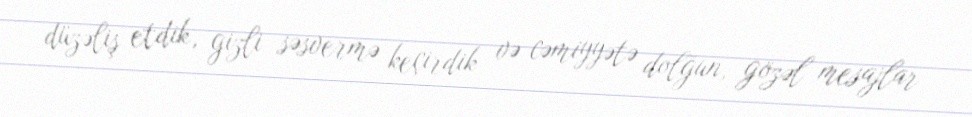
düzəliş etdik, gizli səsvermə keçirdik və cəmiyyətə dolğun, gözəl mesajlar